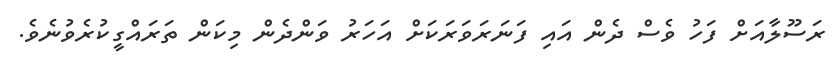
ރަސޫލާއަށް ފަހު ވެސް ދެން އައި ފަނަރަވަރަކަށް އަހަރު ވަންދެން މިކަން ތަރައްގީކުރެވުނެވެ.